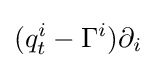
(q_{t}^{i}-\Gamma ^{i})\partial _{i}